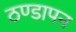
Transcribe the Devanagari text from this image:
ठण्‍डापन